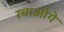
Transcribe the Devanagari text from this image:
रचाओगे